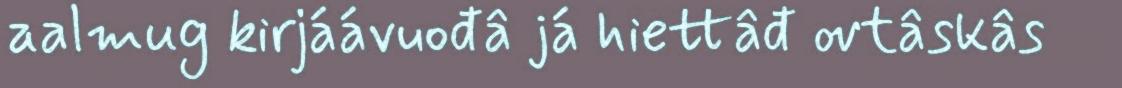
aalmug kirjáávuođâ já hiettâđ ovtâskâs